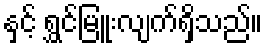
နှင့် ရွှင်မြူးလျက်ရှိသည်။